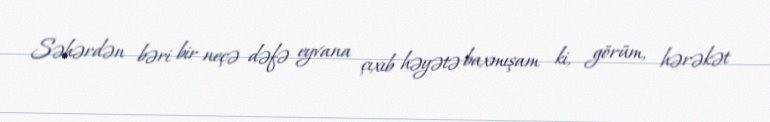
Səhərdən bəri bir neçə dəfə eyvana çıxıb həyətə baxmışam ki, görüm, hərəkət